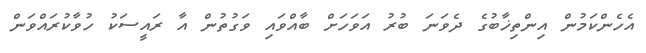
އެހެންކަމުން އިންތިޚާބުގެ ދެވަނަ ބުރު އަވަހަށް ބާއްވައި ވަގުތުން އާ ރައީސަކު ހުވާކުރައްވަން